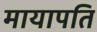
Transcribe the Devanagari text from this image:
मायापति